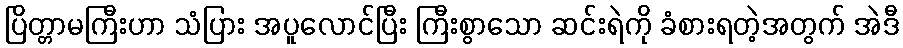
ပြိတ္တာမကြီးဟာ သံပြား အပူလောင်ပြီး ကြီးစွာသော ဆင်းရဲကို ခံစားရတဲ့အတွက် အဲဒီ